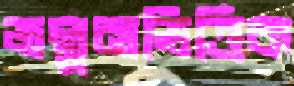
জল্পনাভিত্তিক